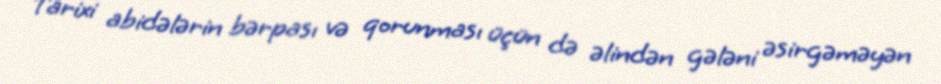
Tarixi abidələrin bərpası və qorunması üçün də əlindən gələni əsirgəməyən